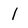
Character: 1